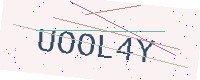
Text: UOOL4Y